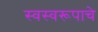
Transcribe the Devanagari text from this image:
स्वस्वरूपाचे